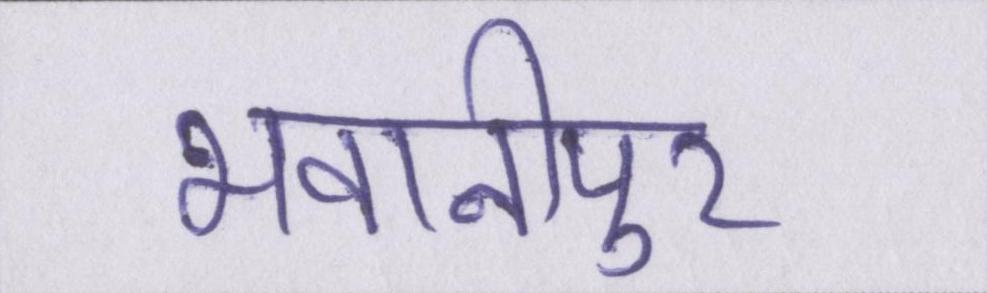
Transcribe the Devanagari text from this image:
भवानीपुर